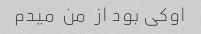
اوکی بود از  من  میدم